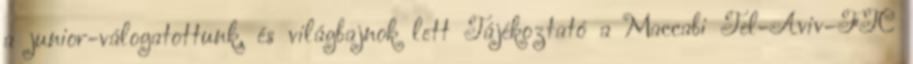
a junior-válogatottunk, és világbajnok lett Tájékoztató a Maccabi Tel-Aviv–FTC